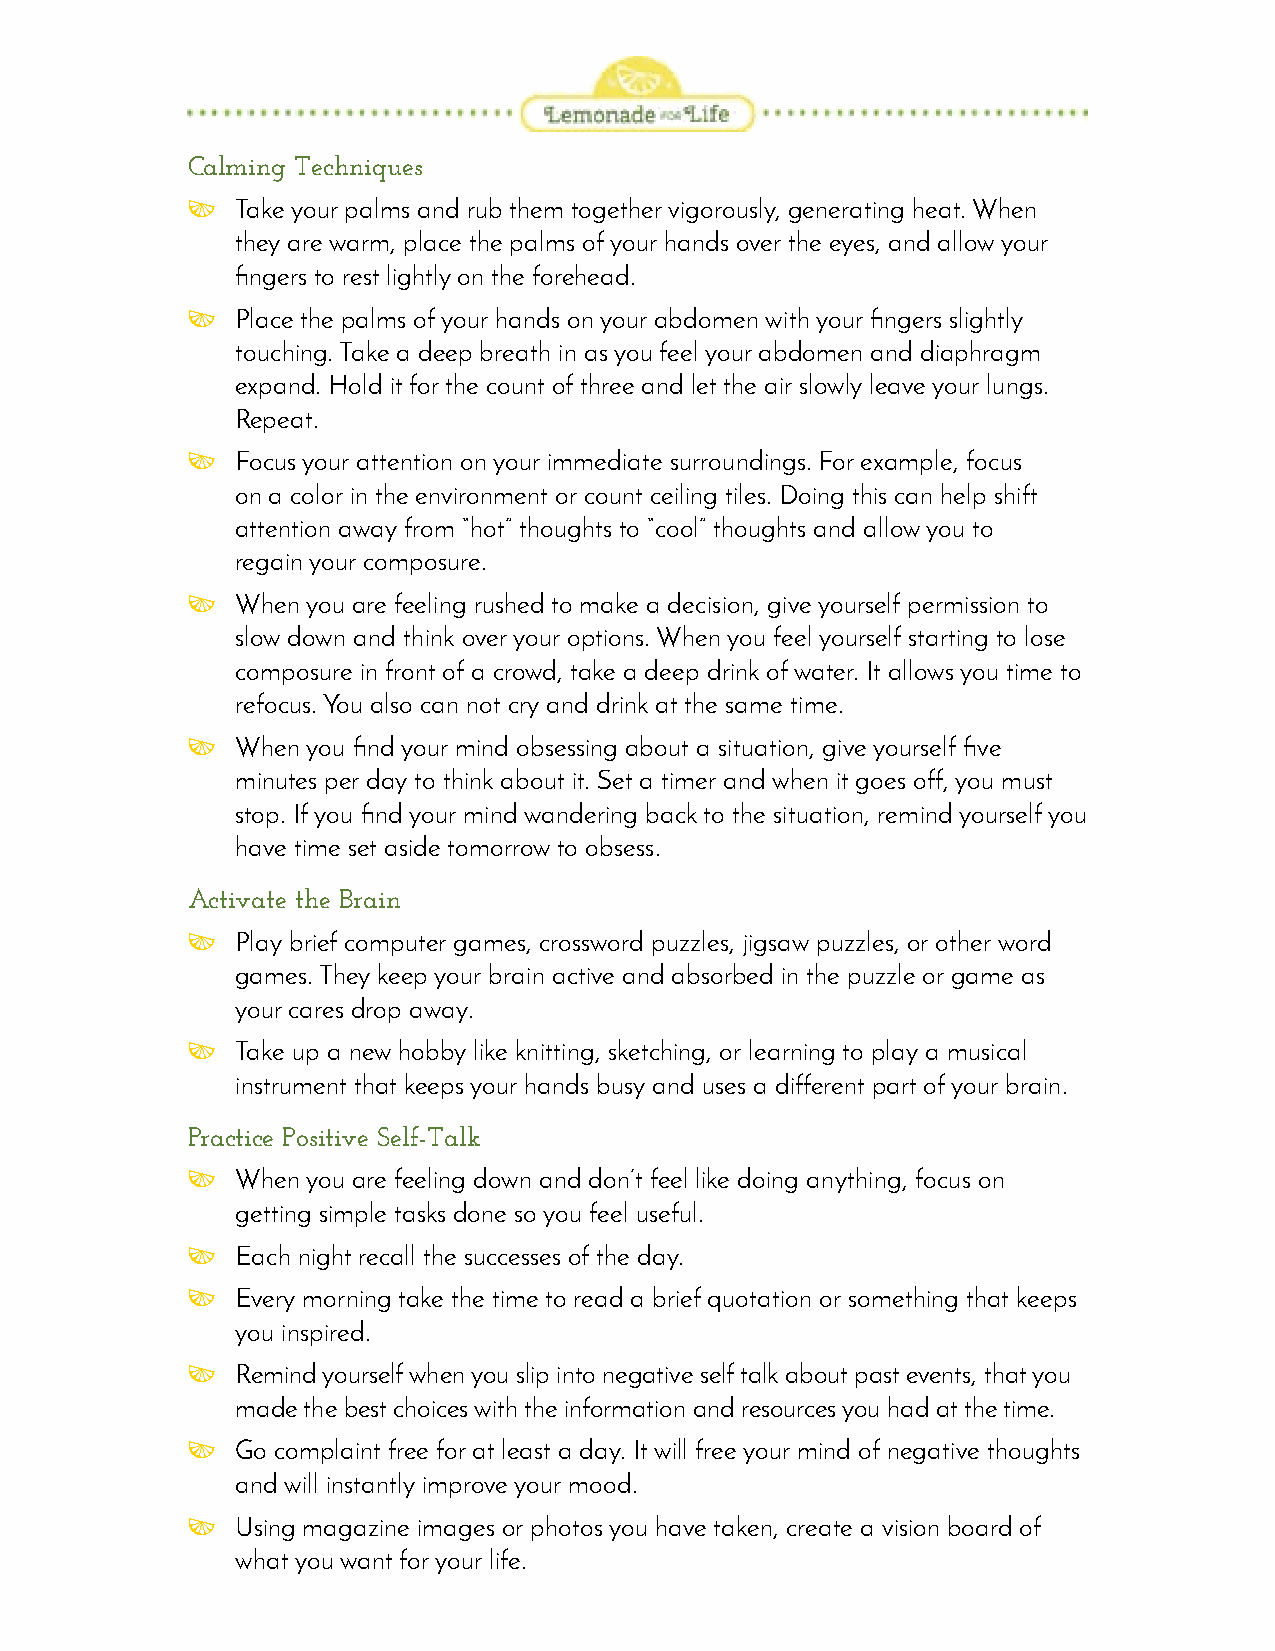
Calming Techniques
    Take your palms and rub them together vigorously, generating heat. When
 they are warm, place the palms of your hands over the eyes, and allow your
 fingers to rest lightly on the forehead.
    Place the palms of your hands on your abdomen with your fingers slightly
 touching. Take a deep breath in as you feel your abdomen and diaphragm
 expand. Hold it for the count of three and let the air slowly leave your lungs.
 Repeat.
    Focus your attention on your immediate surroundings. For example, focus
 on a color in the environment or count ceiling tiles. Doing this can help shift
 attention away from “hot” thoughts to “cool” thoughts and allow you to
 regain your composure.
    When you are feeling rushed to make a decision, give yourself permission to
 slow down and think over your options. When you feel yourself starting to lose
 composure in front of a crowd, take a deep drink of water. It allows you time to
 refocus. You also can not cry and drink at the same time.
    When you find your mind obsessing about a situation, give yourself five
 minutes per day to think about it. Set a timer and when it goes off, you must
 stop. If you find your mind wandering back to the situation, remind yourself you
 have time set aside tomorrow to obsess.
 Activate the Brain
    Play brief computer games, crossword puzzles, jigsaw puzzles, or other word
 games. They keep your brain active and absorbed in the puzzle or game as
 your cares drop away.
    Take up a new hobby like knitting, sketching, or learning to play a musical
 instrument that keeps your hands busy and uses a different part of your brain.
 Practice Positive Self-Talk
    When you are feeling down and don’t feel like doing anything, focus on
 getting simple tasks done so you feel useful.
    Each night recall the successes of the day.
    Every morning take the time to read a brief quotation or something that keeps
 you inspired.
    Remind yourself when you slip into negative self talk about past events, that you
 made the best choices with the information and resources you had at the time.
    Go complaint free for at least a day. It will free your mind of negative thoughts
 and will instantly improve your mood.
    Using magazine images or photos you have taken, create a vision board of
 what you want for your life.